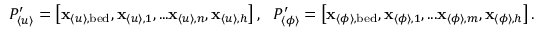
\begin{array} { r } { P _ { \langle u \rangle } ^ { \prime } = \left[ \mathbf { x } _ { \langle u \rangle , \mathrm { b e d } } , \mathbf { x } _ { \langle u \rangle , 1 } , . . . \mathbf { x } _ { \langle u \rangle , n } , \mathbf { x } _ { \langle u \rangle , h } \right] , \ \ P _ { \langle \phi \rangle } ^ { \prime } = \left[ \mathbf { x } _ { \langle \phi \rangle , \mathrm { b e d } } , \mathbf { x } _ { \langle \phi \rangle , 1 } , . . . \mathbf { x } _ { \langle \phi \rangle , m } , \mathbf { x } _ { \langle \phi \rangle , h } \right] . } \end{array}